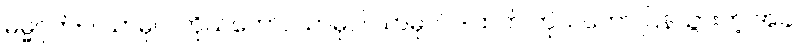
ဓမ္မဂုတ်။ ။ သာဓုပါ ကိုယ်တော်, သာဓုပါ သာဓုပါ၊ ဒါထက် ကိုယ်တော် ပြန်သွားတဲ့ အခါ